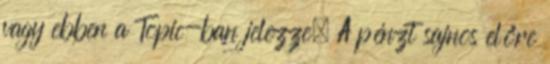
vagy ebben a Topic-ban jelezze. A pénzt sajnos előre